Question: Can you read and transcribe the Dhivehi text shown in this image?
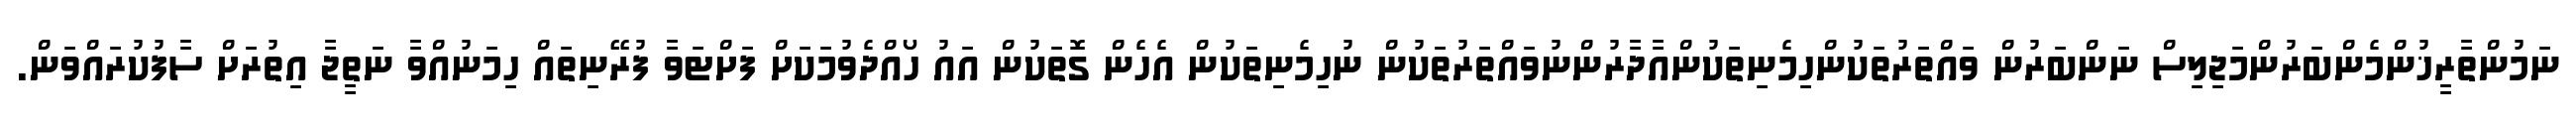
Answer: ނަމުންތާރީޚުންމެންބަރުންމަޖިލިސް ނަންބަރުން ވައްތަރުތަކުންހިމެނިތަކުންއާދާރުންނުވައްތަރުތަކުން ނުހިމެނިތަކުން އެހެން ގޮތަކުން އައު ހޯއްދެވުމަކަށް ފަށްޓަވާ ފުރޭނިތައް ހިމަނުއްވާ ނަތީޖާ އިތުރަށް ސާފުކުރައްވަން.